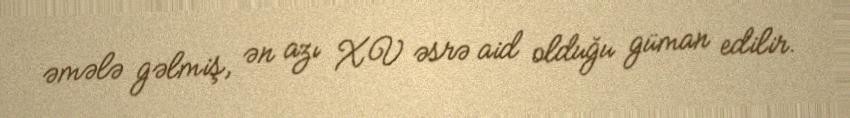
əmələ gəlmiş, ən azı XV əsrə aid olduğu güman edilir.